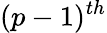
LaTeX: (p-1)^{th}